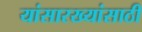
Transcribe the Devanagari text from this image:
यांसारख्यांसाठी